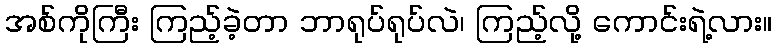
အစ်ကိုကြီး ကြည့်ခဲ့တာ ဘာရုပ်ရုပ်လဲ၊ ကြည့်လို့ ကောင်းရဲ့လား။